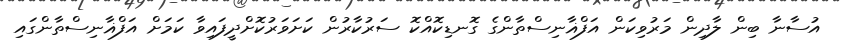
އުސާނާ ބިން ލާދިން މަރުވިކަން އަފްޣާނިސްތާންގެ ގޮނޑިކޮއްކޮ ސަރުކާރުން ކަށަވަރުކޮށްދީފައިވާ ކަމަށް އަފްޣާނިސްތާންގައި